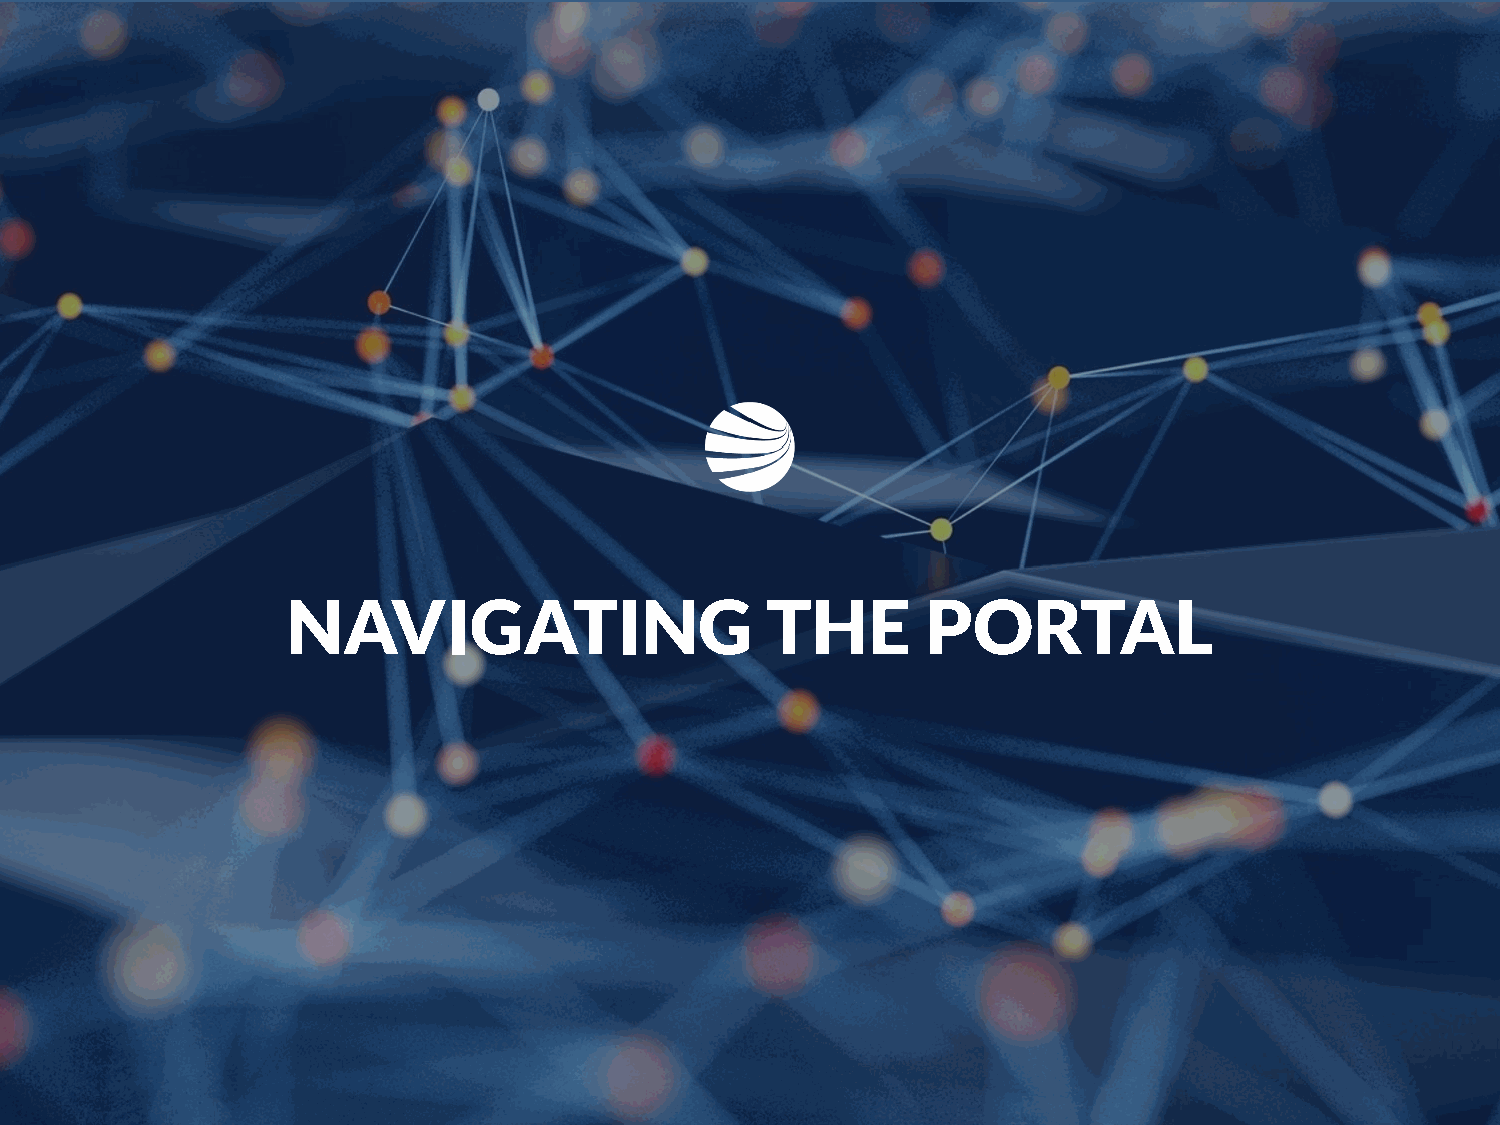
NAVIGATING                      THE       PORTAL